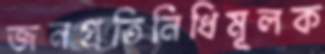
জনপ্রতিনিধিমূলক